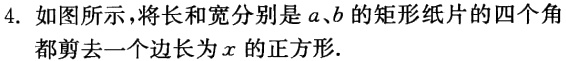
4. 如图所示，将长和宽分别是\(a\)、\(b\)的矩形纸片的四个角都剪去一个边长为\(x\)的正方形.